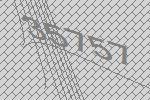
35757